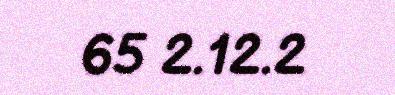
65 2.12.2